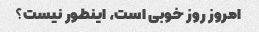
امروز روز خوبی است، اینطور نیست؟